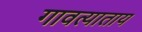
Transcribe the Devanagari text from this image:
गावत्याताय